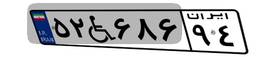
۵۲W۶۸۶۹۴